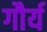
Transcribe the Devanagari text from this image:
गौर्य